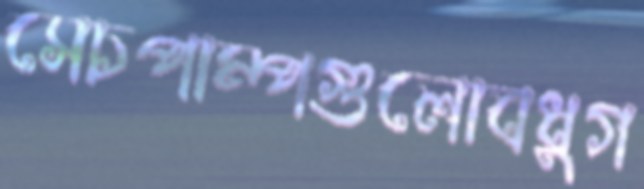
সেচপাম্পগুলোবধুগ